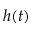
h ( t )